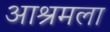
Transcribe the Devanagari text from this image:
आश्रमला